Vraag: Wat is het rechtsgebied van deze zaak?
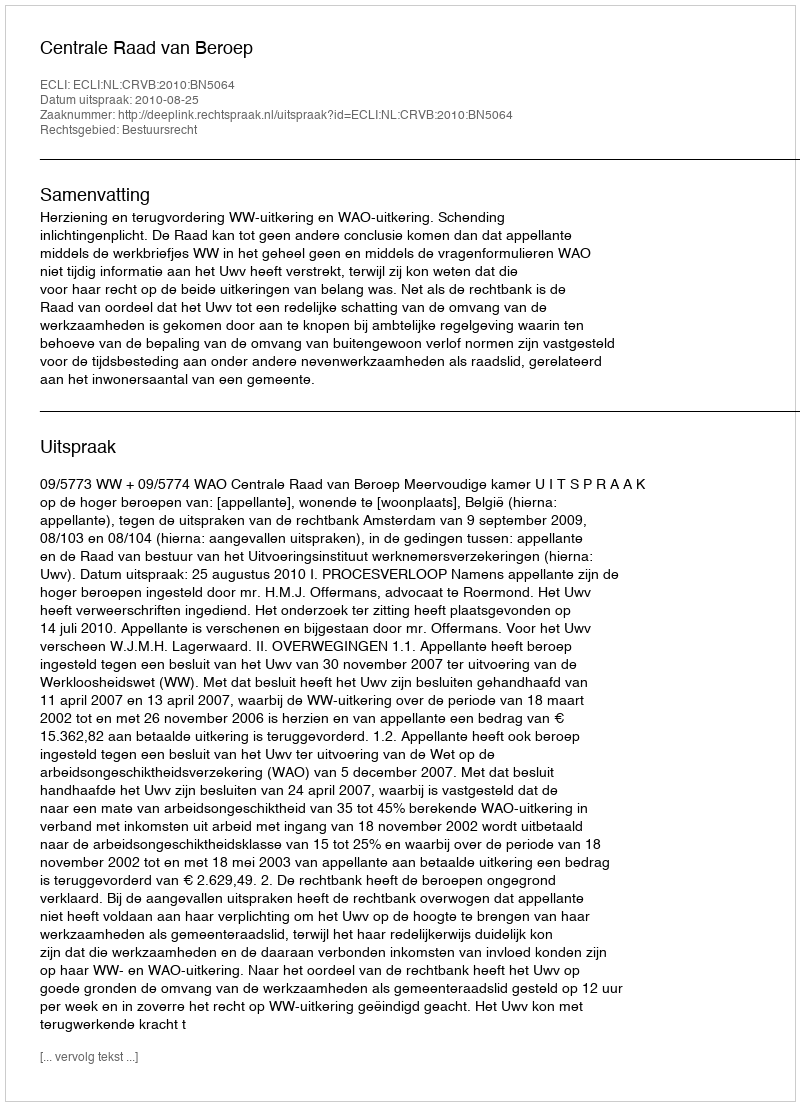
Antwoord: Bestuursrecht